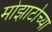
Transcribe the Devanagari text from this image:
मोझार्टाच्या